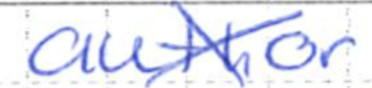
Text: author
Cross-out: cross
Writing tool: ballpoint